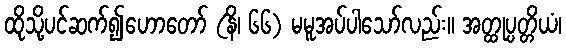
ထိုသို့ပင်ဆက်၍ဟောတော် (နိ၊ ၆၆) မမူအပ်ပါသော်လည်း။ အတ္ထုပ္ပတ္တိယံ၊